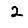
Digit: 2